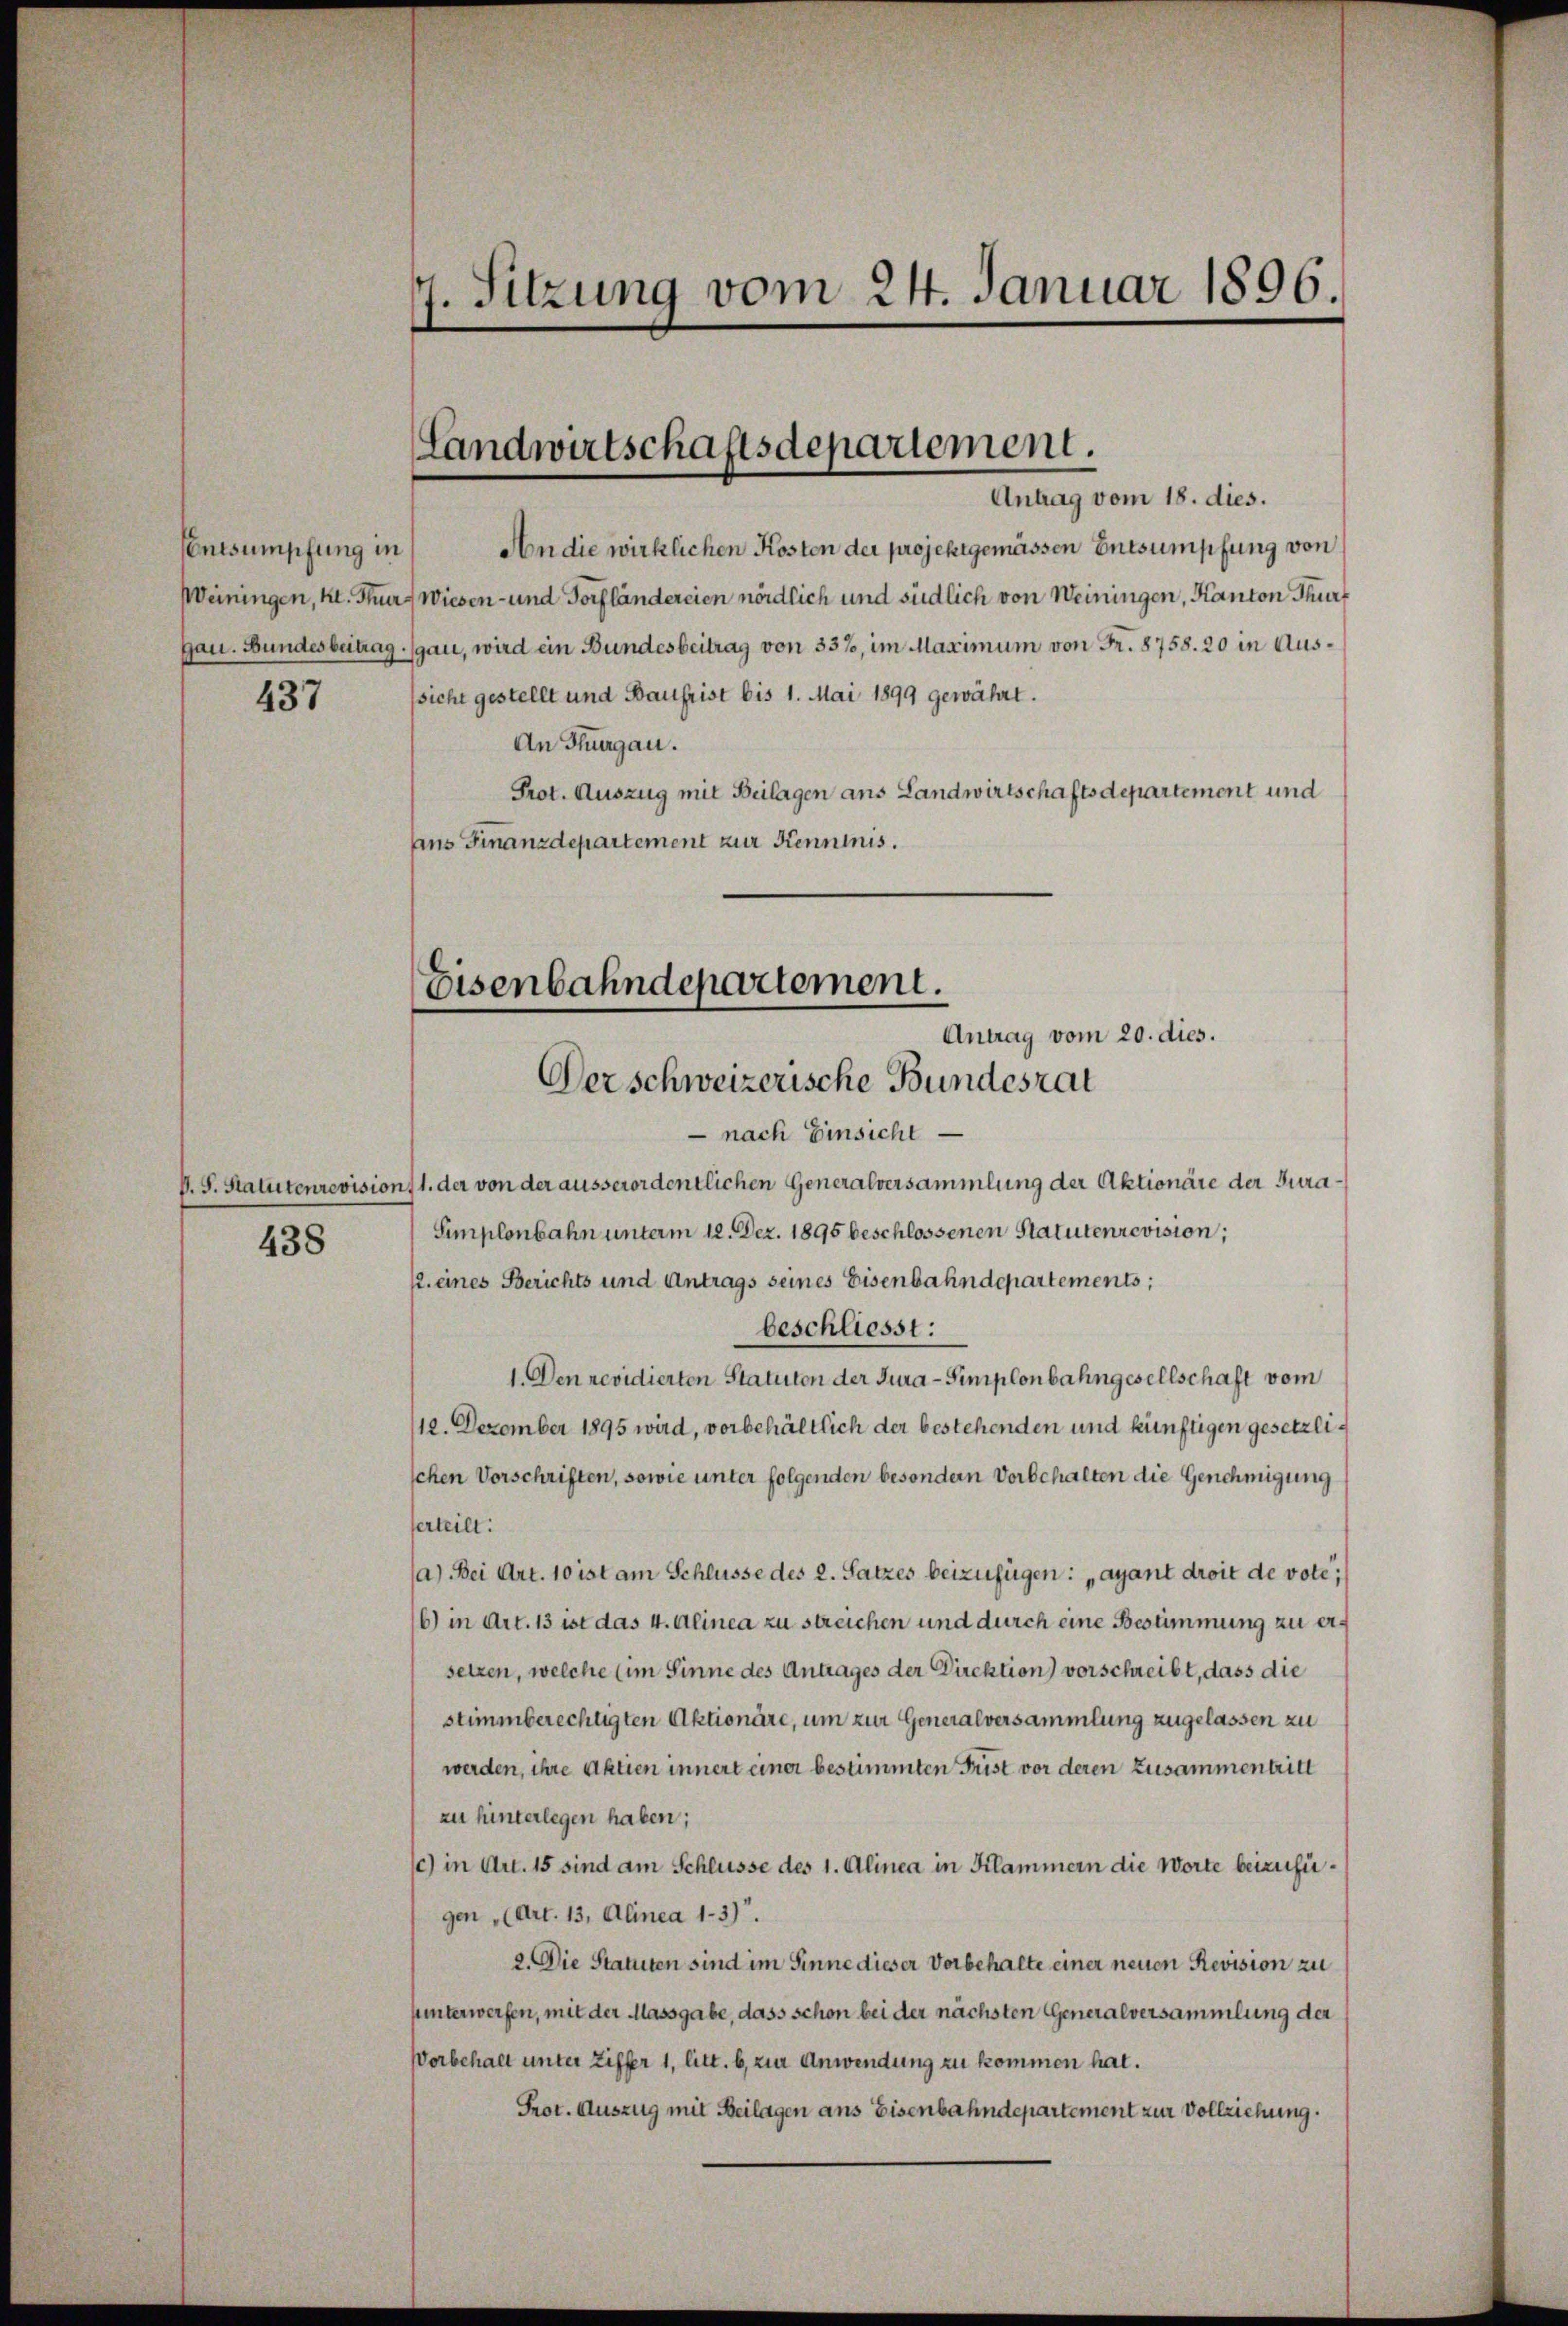
Entsumpfung in
437

438

7. Sitzung vom 24. Januar 1896.

Landwirtschaftsdepariement.
Antrag vom 18. dies.

An die wirklichen Kosten der projektgemässen Entsumpfung von
Weiningen, Kt. Thur- Wiesen- und Torfländereien nördlich und südlich von Weiningen, Kanton Thurf
gau. Bundesbeitrag gan, wird ein Bundesbeitrag von 337, im Maximum von Fr. 8758. 20 in Aussicht gestellt und Baufrist bis 1. Mai 1899 gewährt.
An Thurgau.
Prot. Auszug mit Beilagen ans Landwirtschaftsdepartement und
Aus Finanzdepartement zur Kenntnis.

Eisenbahndepartement.
Antrag vom 20. dies.
Der schweizerische Bundesrat

nach Einsicht
V. S. Statutenrevision, 1. der von der ausserordentlichen Generalversammlung der Aktionäre der Jura¬
Simplonbahn unterm 12. Dez. 1895 beschlossenen Statutenrevision;
12. eines Berichts und Antrags seines Eisenbahndepartements;
beschliesst:
1. Den revidierten Statuton der Jura-Simplonbahngesellschaft vom
112. Dezember 1895 wird, vorbehältlich der bestehenden und künftigen gesetzlischen Vorschriften, sowie unter folgenden besondern Vorbehalten die Genehmigung
serteilt:
a) Bei Art. 10 ist am Schlüsse des 2. Satzes beizufügen: „ayant droit de vote,
6) in Art. 13 ist das 4. Alinea zu streichen und durch eine Bestimmung zu ersetzen, welche (im Sinne des Antrages der Direktion) vorschreibt, dass die
stimmberechtigten Aktionäre, um zur Generalversammlung zugelassen zu
werden, ihre Aktien innert einer bestimmten Frist vor deren Zusammentritt
zu hinterlegen haben;
c) in Art. 15 sind am Schlüsse des 1. Alinea in Klammern die Worte beizufügen (Art. 13, Alinea 1.3).
2. Die Statuten sind im Sinne dieser Vorbehalte einer neuen Revision zu
uunterwerfen, mit der Massgabe, dass schon bei der nächsten Generalversammlung der
Vorbehalt unter Ziffer 1, litt. b, zur Anwendung zu kommen hat.
Prot. Auszug mit Beilagen ans Eisenbahndepartement zur Vollziehung.